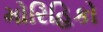
મોરિહિકો